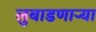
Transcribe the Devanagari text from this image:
लुबाडणाऱ्या